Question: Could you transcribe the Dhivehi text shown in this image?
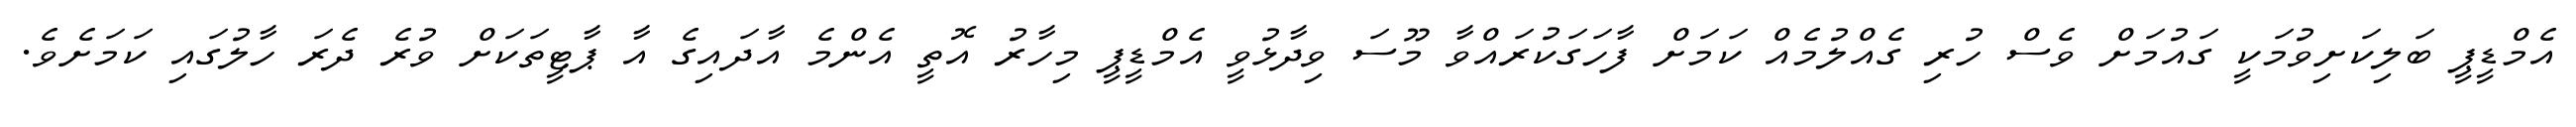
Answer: އެމްޑީޕީ ބަލިކަށިވުމަކީ ގައުމަށް ވެސް ހުރި ގެއްލުމެއް ކަމަށް ފާހަގަކުރައްވާ މޫސަ ވިދާޅުވީ އެމްޑީޕީ މިހާރު އޮތީ އެންމެ އާދައިގެ އާ ޕާޓީތަކަށް ވުރެ ދެރަ ހާލުގައި ކަމަށެވެ.